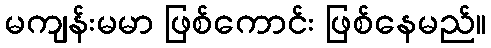
မကျန်းမမာ ဖြစ်ကောင်း ဖြစ်နေမည်။